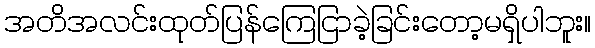
အတိအလင်းထုတ်ပြန်ကြေငြာခဲ့ခြင်းတော့မရှိပါဘူး။